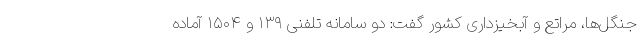
جنگل‌ها، مراتع و آبخیزداری کشور گفت: دو سامانه تلفنی ۱۳۹ و ۱۵۰۴ آماده